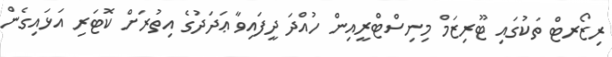
ރިޒޯރޓް ތަކުގައި ޓޫރިޒަމް މިނިސްޓްރީއިން ހުއްދަ ދީފައިވާ ޢަދަދުގެ އިތުރަށް ކޮޓަރި އަޅައިގެން